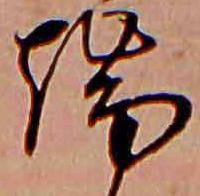
端